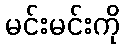
မင်းမင်းကို